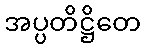
အပ္ပတိဋ္ဌိတေ